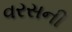
વરસની